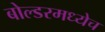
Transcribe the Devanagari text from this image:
बोल्डरमध्येच